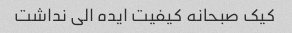
کیک صبحانه کیفیت ایده الی نداشت